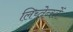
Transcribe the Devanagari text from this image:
लिच्तेन्स्तें